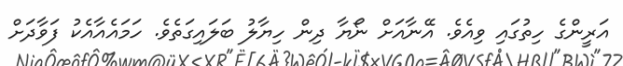
އަރީންގެ ހިތުގައި ވިއެވެ. އޭނާއަށް ނޯޔާ ދިން ހިޔާލު ބަލައިގަތެވެ. ހަމައެއާއެކު ފަވާދަށް